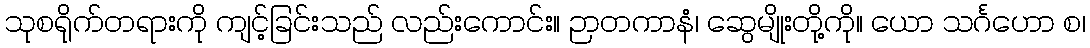
သုစရိုက်တရားကို ကျင့်ခြင်းသည် လည်းကောင်း။ ဉာတကာနံ၊ ဆွေမျိုးတို့ကို။ ယော သင်္ဂဟော စ၊